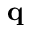
\mathbf { q }